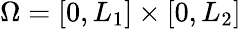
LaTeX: \Omega=[0,L_{1}]\times[0,L_{2}]